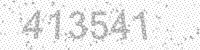
Solution: 413541